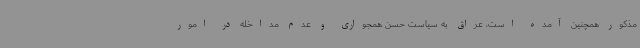
مذکور همچنین آمده است، عراق به سیاست حسن همجواری و عدم مداخله در امور